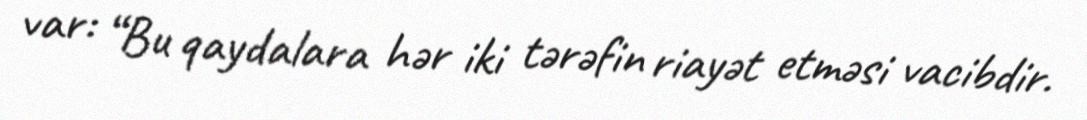
var: “Bu qaydalara hər iki tərəfin riayət etməsi vacibdir.